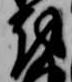
越